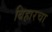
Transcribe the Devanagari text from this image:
बिहारचा